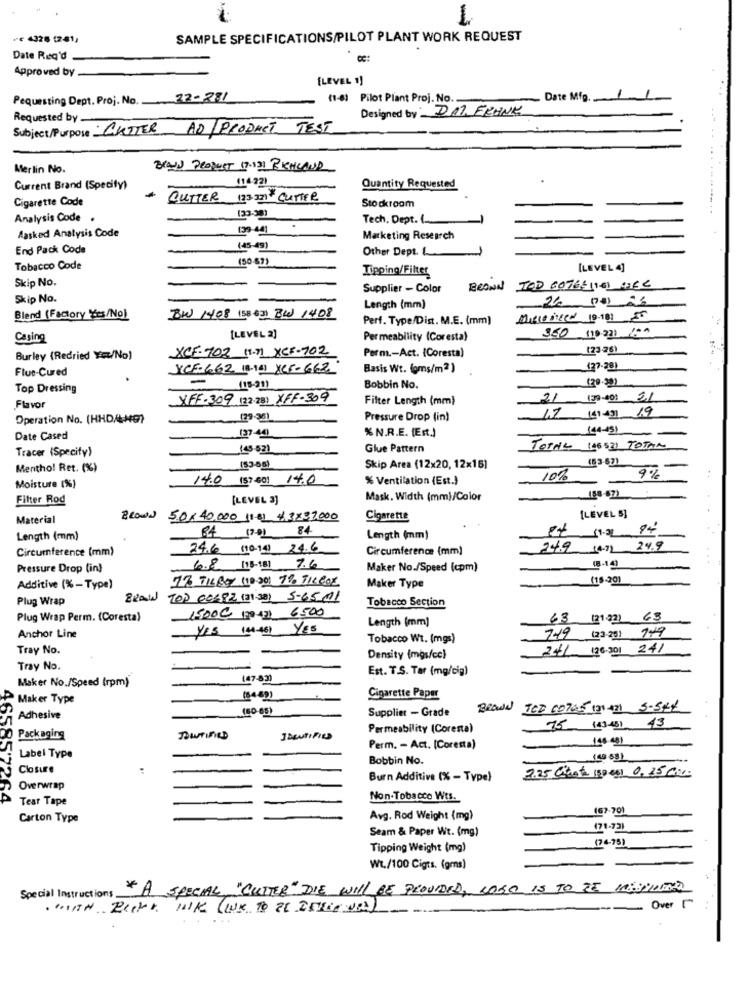
1
.€ 4328 1241,
SAMPLE SPECIFICATIONS/PILOT PLANT WORK REQUEST
Date Req'd
Approved by
[LEVEL 1)
Pequesting Dept. Proj. No. 22-281
(1-6) Pilot Plant Proj. No.
Date Mfg.
Designed by DAY, FRANK
Requested by
Subject/Purpose CUITER AD / PRODUCT TEST
Merlin No.
BRANN PRODUCT 17.131 BIRCHLAND
(14-22)
Current Brand (Specify)
Quantity Requested
+ CUTTER 123221 CUTTER
Stockroom
Cigarette Code
Analysis Code .
Tech, Dept. ( ...
Aasked Analysis Code
Marketing Research
End Pack Code
(45-49)
Other Dept. L
(50-67)
Tobacco Code
Tipping/Filter
[LEVEL 4]
Skip No.
Supplier - Color
BROWN TOD GOTGENTE HEC
Skip No.
Length (mm)
Blend (Factory yes/No)
BW 1408 (58 63] BW 1408
Perf. Type/Dist. M.E. (mm)
350 (19 231 /04
Casing
[LEVEL 2]
Permeability (Coresta)
XCF- 702 11.7] XCF-702
123-26)
Burley (Redried ¥ex/No)
Perm .- Act. {Coresta)
Flue-Cured
YCE- 662 18-16) Yes-662
Basis Wt. (oms/m2)
-
12932)
Top Dressing
(18-21)
Bobbin No.
XFF- 309 (22-28) XFF-309
Filter Length (mm)
21
139-401 21
Flavor
(4143] 19
Operation No. (HHD/H9)
.(29-36)
Pressure Drop (in)
% N.R.E. (Est.)
144-431
Date Cased
(37-44)
Tracer (Specify)
143 531
Glue Pattern
Torna 146521 TOTAL
(53-63)
Menthol Ret. (%)
(53-06)
Skip Area (12x20, 12x15]
14.0 (37.60) 14.0
% Ventilation (Est.)
10%
9%
Moisture (%)
Filter Rod
[LEVEL 3]
Mask. Width (mm)/Color
Material
BROWN 50x 40.000 11.61 43X3,7.000
Cigarette
[LEVEL 5]
84 17-01 84
19.01 94
Length (mm)
Length (mm)
Circumference (mm)
24.6 (10-14) 24.6
Circumference (mm)
24.9 (4.7) 24.9
Pressure Drop (in)
6.8 [18-18] 7.6
Maker No./Speed (cpm)
(8.14)
17 TIL BOY (10:00) 7% TILCOX
(15.20)
Additive (% -Type)
Maker Type
Plug Wrap
BRAWN TOP CORPZ (31 38) 5-65-11
Tobacco Section
1500@ 179-21 6500
Plug Wrap Perm. (Coresta)
Length (mm]
63 121821 63
YES (44-461 YES
Anchor Line
Tobacco Wt. (mgs)
7.19 (23-29) 149
Tray No.
241 (26.301 241
Density (mgs/cc)
Tray No.
Est. T.S. Tar (mg/cig)
(47-83)
Maker No./Speed (rpm)
Maker Type
(5489)
Cigarette Paper
(50-68)
Supplier - Grade
BRand TED 60705 (21 471 5-544
Adhesive
75 (43-451 43
Permeability (Coresta)
Packaging
DOWNTIFIED
IDENTIFIED
Perm. - Act. [Coresta)
Label Type
Bobbin No.
46585'2
Closure
2.25 Chot ispe01 0,25 000:
Burn Additive (% - Type)
Overwrap
Tear Tape
Non-Tobacco Wts.
(67-70)
Carton Type
Avg. Rod Weight (mg)
-
Seam & Paper Wt. (mg)
(71-72)
Tipping Weight (mg)
(74-75)
Wt./100 Cigts. (gms)
* A SPECIAL "CUTTER" DIE WILL BE PROVIDED, LOGO IS TO BE WESIMITTE
Special Instructions __
Over ["